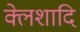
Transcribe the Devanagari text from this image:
क्लेशादि